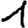
Digit: 1